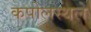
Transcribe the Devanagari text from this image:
कपोलस्थले